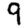
Digit: 9